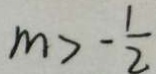
m > - \frac { 1 } { 2 }